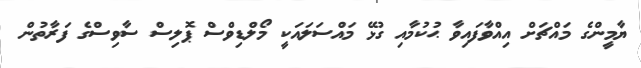
ޔާމީންގެ މައްޗަށް އިއްވާފައިވާ ޙުކުމާއި ގުޅޭ މައްސަލައަކީ މޯލްޑިވްސް ޕޮލިސް ސާވިސްގެ ފަރާތުން